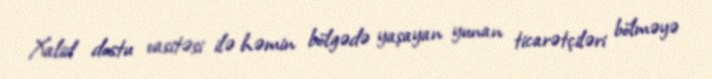
Xalid dostu vasitəsi ilə həmin bölgədə yaşayan yunan ticarətçiləri bölməyə